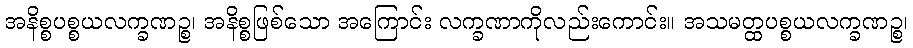
အနိစ္စပစ္စယလက္ခဏဉ္စ၊ အနိစ္စဖြစ်သော အကြောင်း လက္ခဏာကိုလည်းကောင်း။ အသမတ္ထပစ္စယလက္ခဏဉ္စ၊